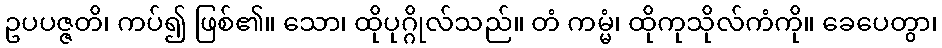
ဥပပဇ္ဇတိ၊ ကပ်၍ ဖြစ်၏။ သော၊ ထိုပုဂ္ဂိုလ်သည်။ တံ ကမ္မံ၊ ထိုကုသိုလ်ကံကို။ ခေပေတွာ၊